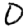
Digit: 0